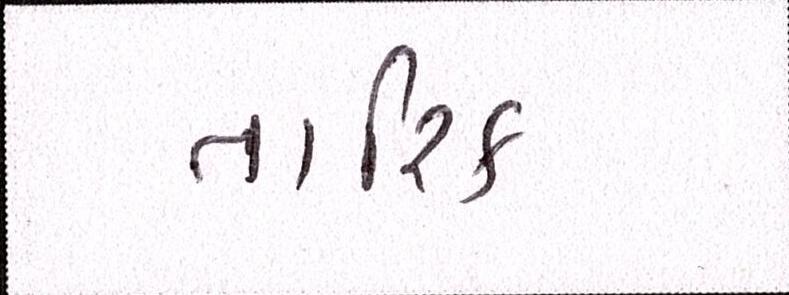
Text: તારિક